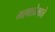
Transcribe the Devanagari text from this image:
भाषाप्रेमाचे